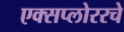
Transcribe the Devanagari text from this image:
एक्सप्लोररचे